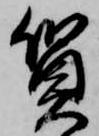
質